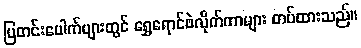
ပြတင်းပေါက်များတွင် ရွှေရောင်ဖဲလိုက်ကာများ တပ်ထားသည်။